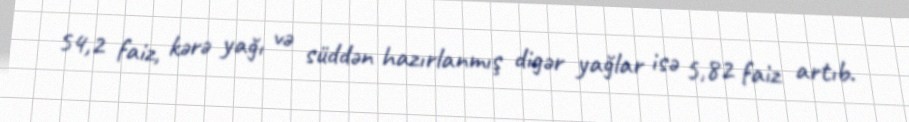
54,2 faiz, kərə yağı və süddən hazırlanmış digər yağlar isə 5,82 faiz artıb.